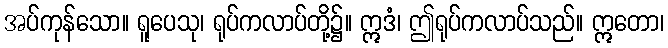
အပ်ကုန်သော။ ရူပေသု၊ ရုပ်ကလာပ်တို့၌။ ဣဒံ၊ ဤရုပ်ကလာပ်သည်။ ဣတော၊